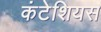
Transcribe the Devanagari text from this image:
कंटेशियस